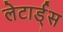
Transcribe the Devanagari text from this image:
लेटार्ड्स